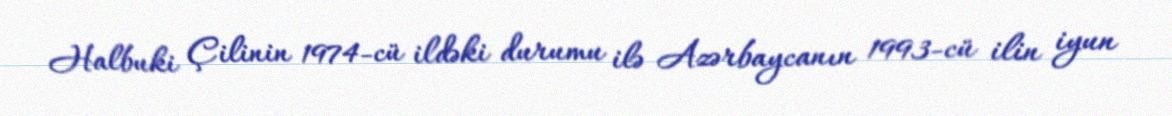
Halbuki Çilinin 1974-cü ildəki durumu ilə Azərbaycanın 1993-cü ilin iyun